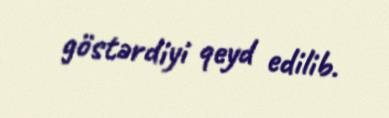
göstərdiyi qeyd edilib.